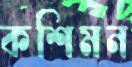
কশিমন